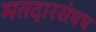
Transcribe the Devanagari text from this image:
मतदारसंघघ